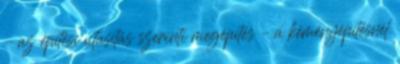
– az építési utasítás szerinti megépítés – a kéményépítésnél